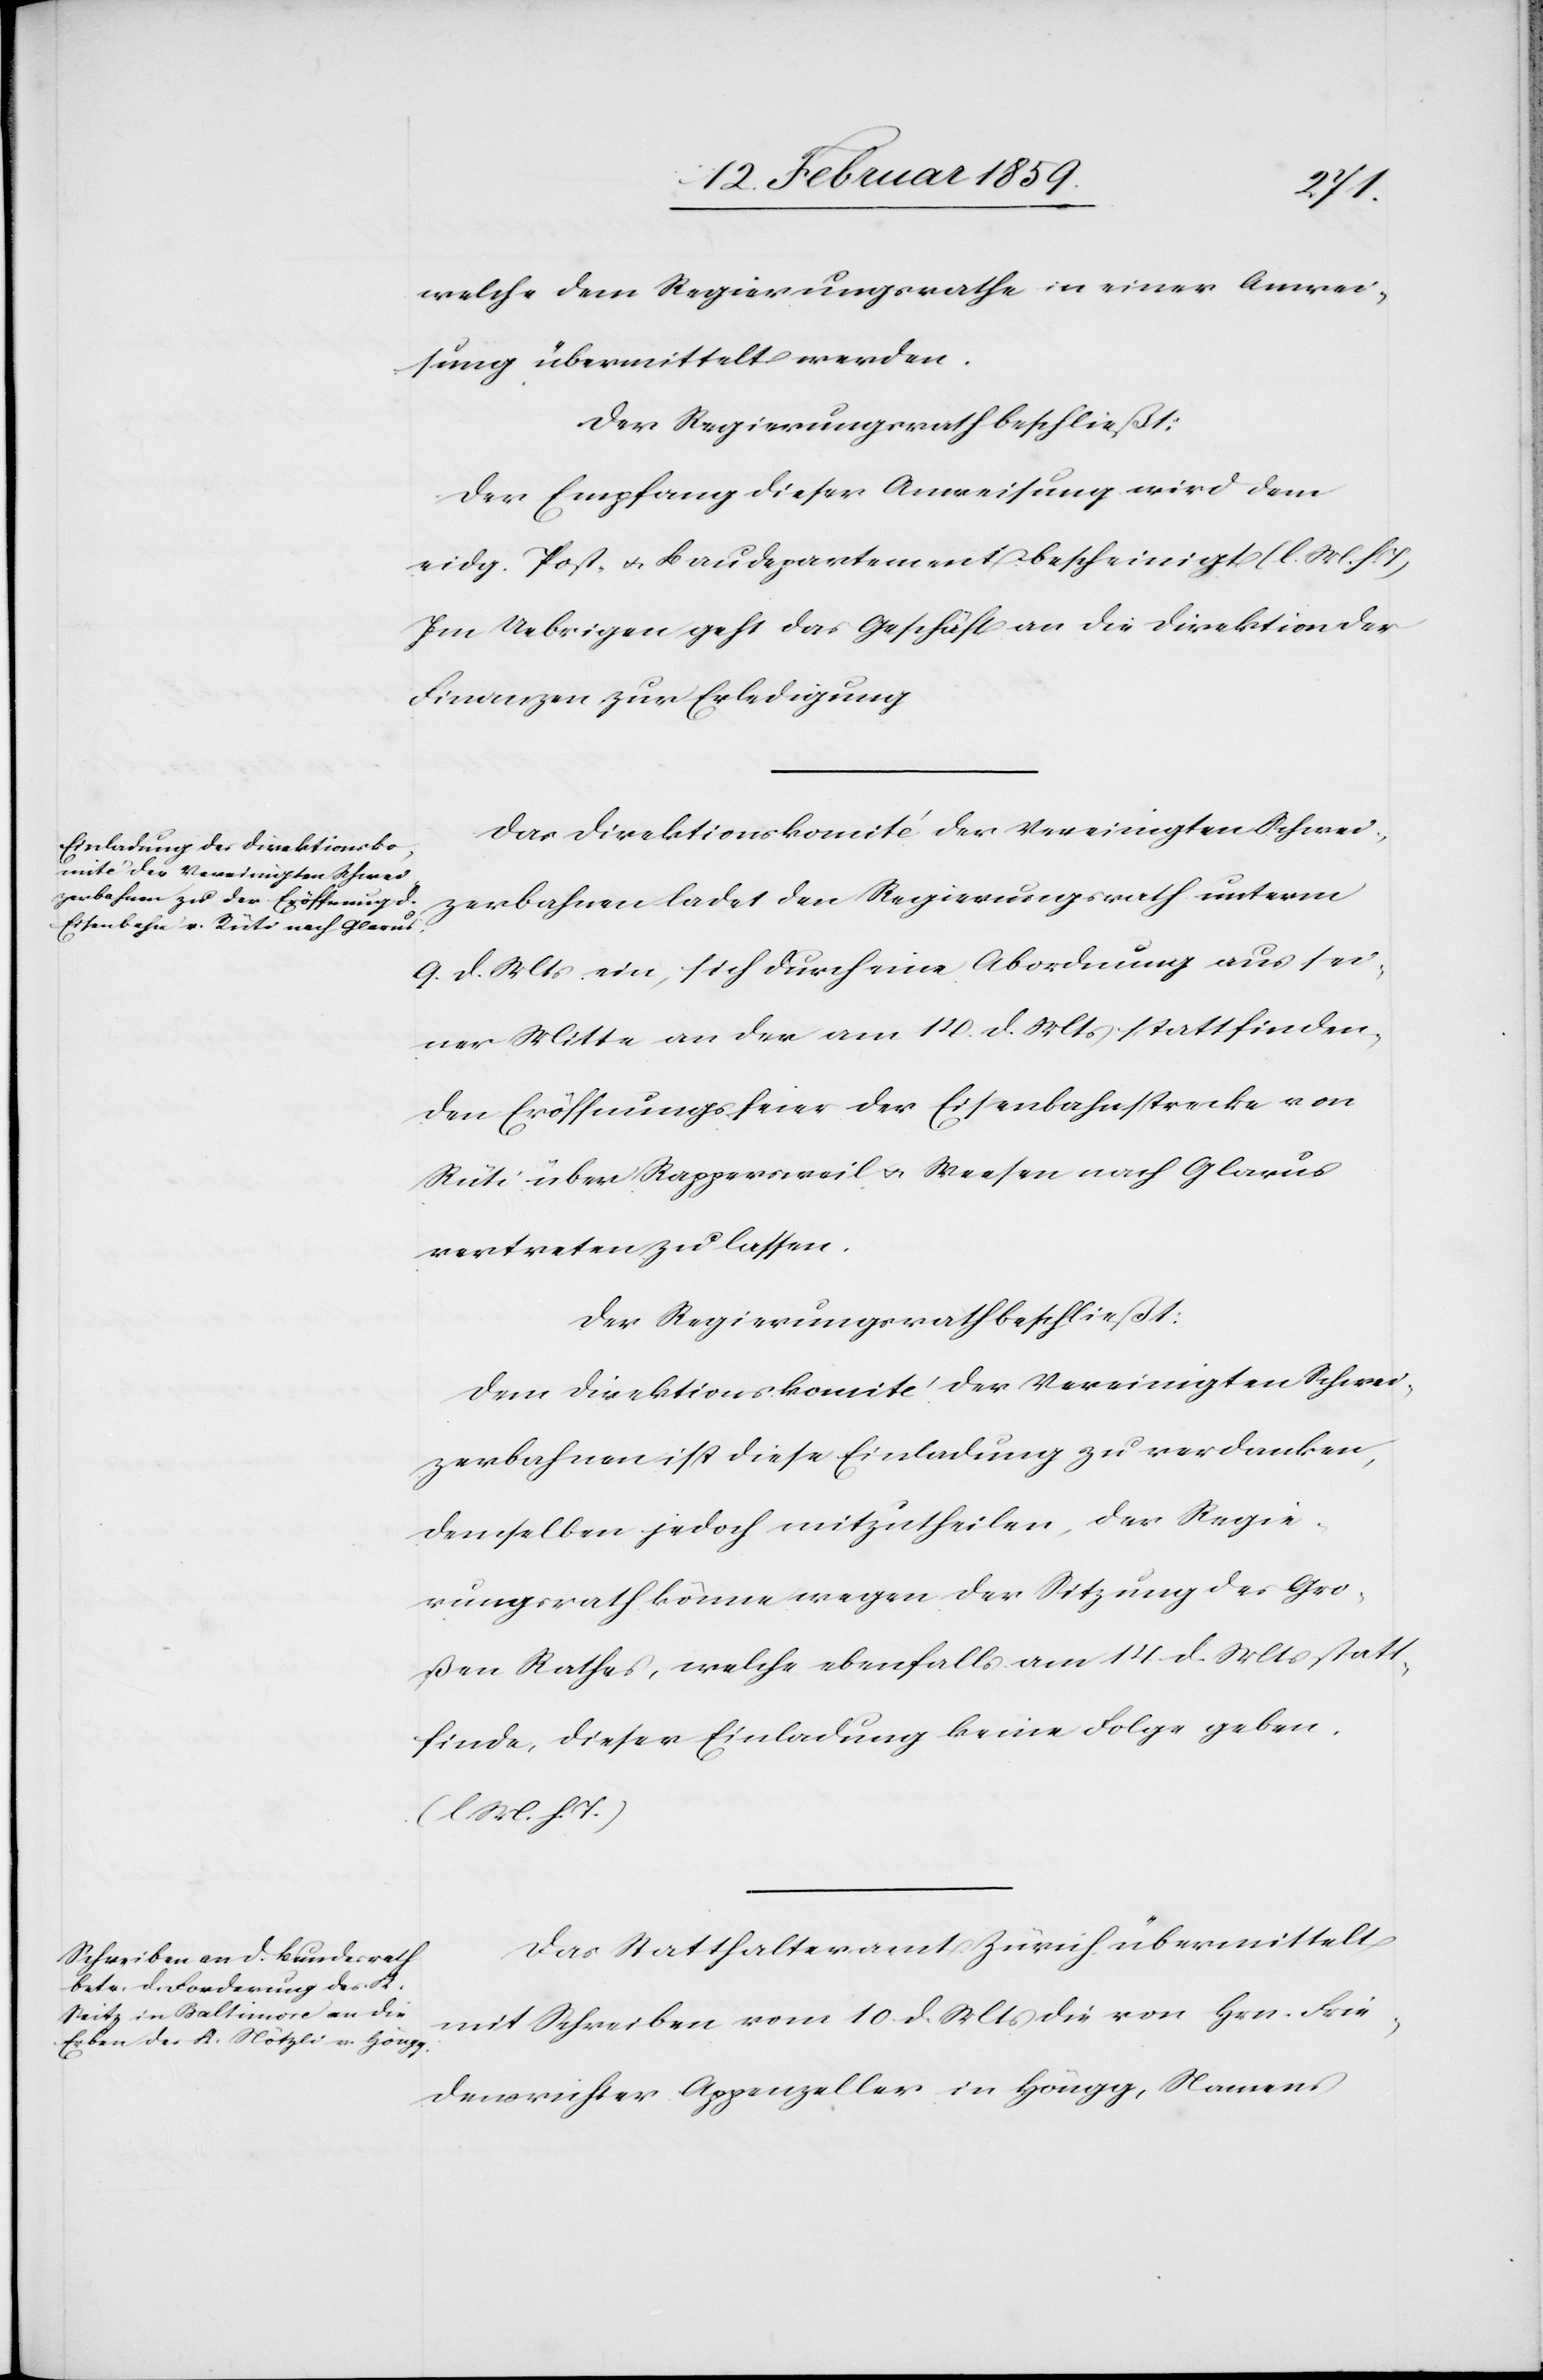
welche dem Regierungsrathe in einer Anwei¬
sung übermittelt werden.
Der Regierungsrath beschließt:
Der Empfang dieser Anweisung wird dem
eidg. Post- u. Baudepartement bescheinigt (l. M. h. T).
Im Uebrigen geht das Geschäft an die Direktion der
Finanzen zur Erledigung.
Das Direktionskomité der Vereinigten Schwei¬
zerbahnen ladet den Regierungsrath unterm
9. d. Mts. ein, sich durch eine Abordnung aus sei¬
ner Mitte an der am 14. d. Mts stattfinden¬
den Eröffnungsfeier der Eisenbahnstrecke von
Rüti über Rappersweil u. Weesen nach Glarus
vertreten zu lassen.
Der Regierungsrath beschließt:
Dem Direktionskomité der Vereinigten Schwei¬
zerbahnen ist diese Einladung zu verdanken,
demselben jedoch mitzutheilen, der Regie¬
rungsrath könne wegen der Sitzung des Gro¬
ßen Rathes, welche ebenfalls am 14. d. Mts statt¬
finde, dieser Einladung keine Folge geben.
(l. M. h. T.)
Das Statthalteramt Zürich übermittelt
mit Schreiben vom 10. d. Mts. die von Hrn. Frie¬
densrichter Appenzeller in Höngg, Namens